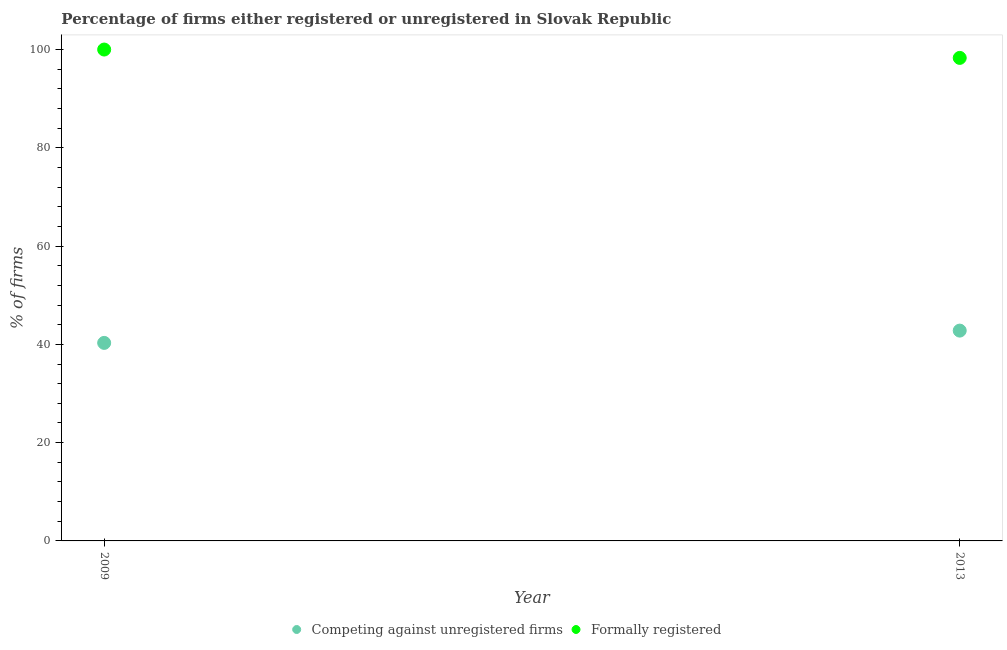
| Year | Competing against unregistered firms | Formally registered |
 | --- | --- | --- |
 | 2009 | 40.3 | 100 |
 | 2013 | 42.8 | 98.3 |